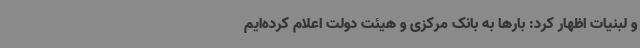
و لبنیات اظهار کرد: بارها به بانک مرکزی و هیئت دولت اعلام کرده‌ایم